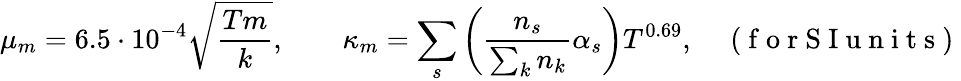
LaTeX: \mu_{m}=6.5\cdot 10^{-4}\sqrt{\frac{Tm}{k}},\qquad\kappa_{m}=\sum_{s}\left(\frac{n_{s}}{\sum_{k}n_{k}}\alpha_{s}\right)T^{0.69},\quad\mathrm{~(~f~o~r~S~I~u~n~i~t~s~)~}